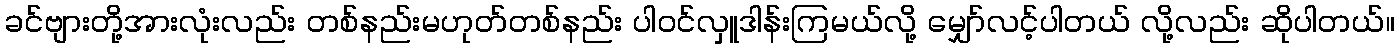
ခင်ဗျားတို့အားလုံးလည်း တစ်နည်းမဟုတ်တစ်နည်း ပါဝင်လှူဒါန်းကြမယ်လို့ မျှော်လင့်ပါတယ် လို့လည်း ဆိုပါတယ်။